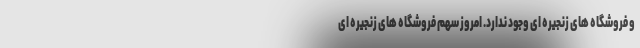
و فروشگاه های زنجیره ای وجود ندارد. امروز سهم فروشگاه های زنجیره ای